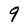
Character: 9